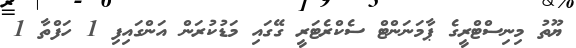
ޔޫތު މިނިސްޓްރީގެ ޕާމަނަންޓް ސެކްރެޓަރީ ގޭގައި މަޑުކުރަން އަންގައިފި 1 ހަފްތާ 1